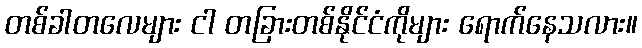
တစ်ခါတလေများ ငါ တခြားတစ်နိုင်ငံကိုများ ရောက်နေသလား။